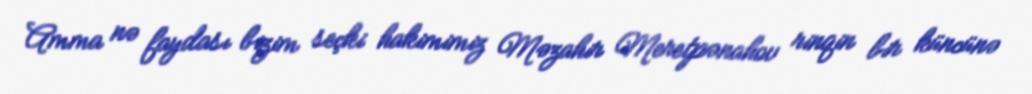
Amma nə faydası bizim seçki hakimimiz Məzahir Meretpənahov rinqin bir küncünə